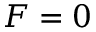
F = 0